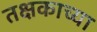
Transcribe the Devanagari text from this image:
तक्षकाच्या